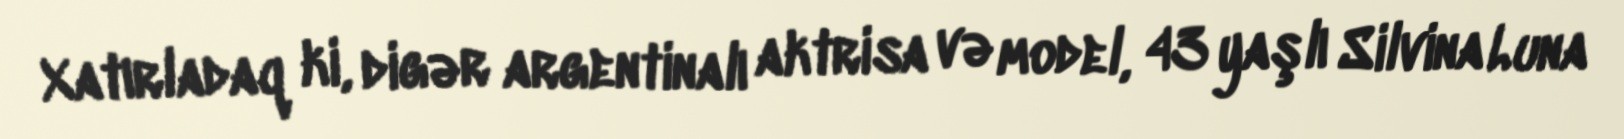
Xatırladaq ki, digər argentinalı aktrisa və model, 43 yaşlı Silvina Luna